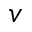
v